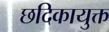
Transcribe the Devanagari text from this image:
छदिकायुक्त